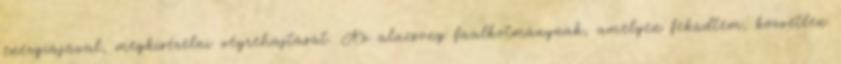
energiájával, megkísérelni végrehajtását. Az alacsony faalkotmánynak, amelyen feküdtem, közvetlen